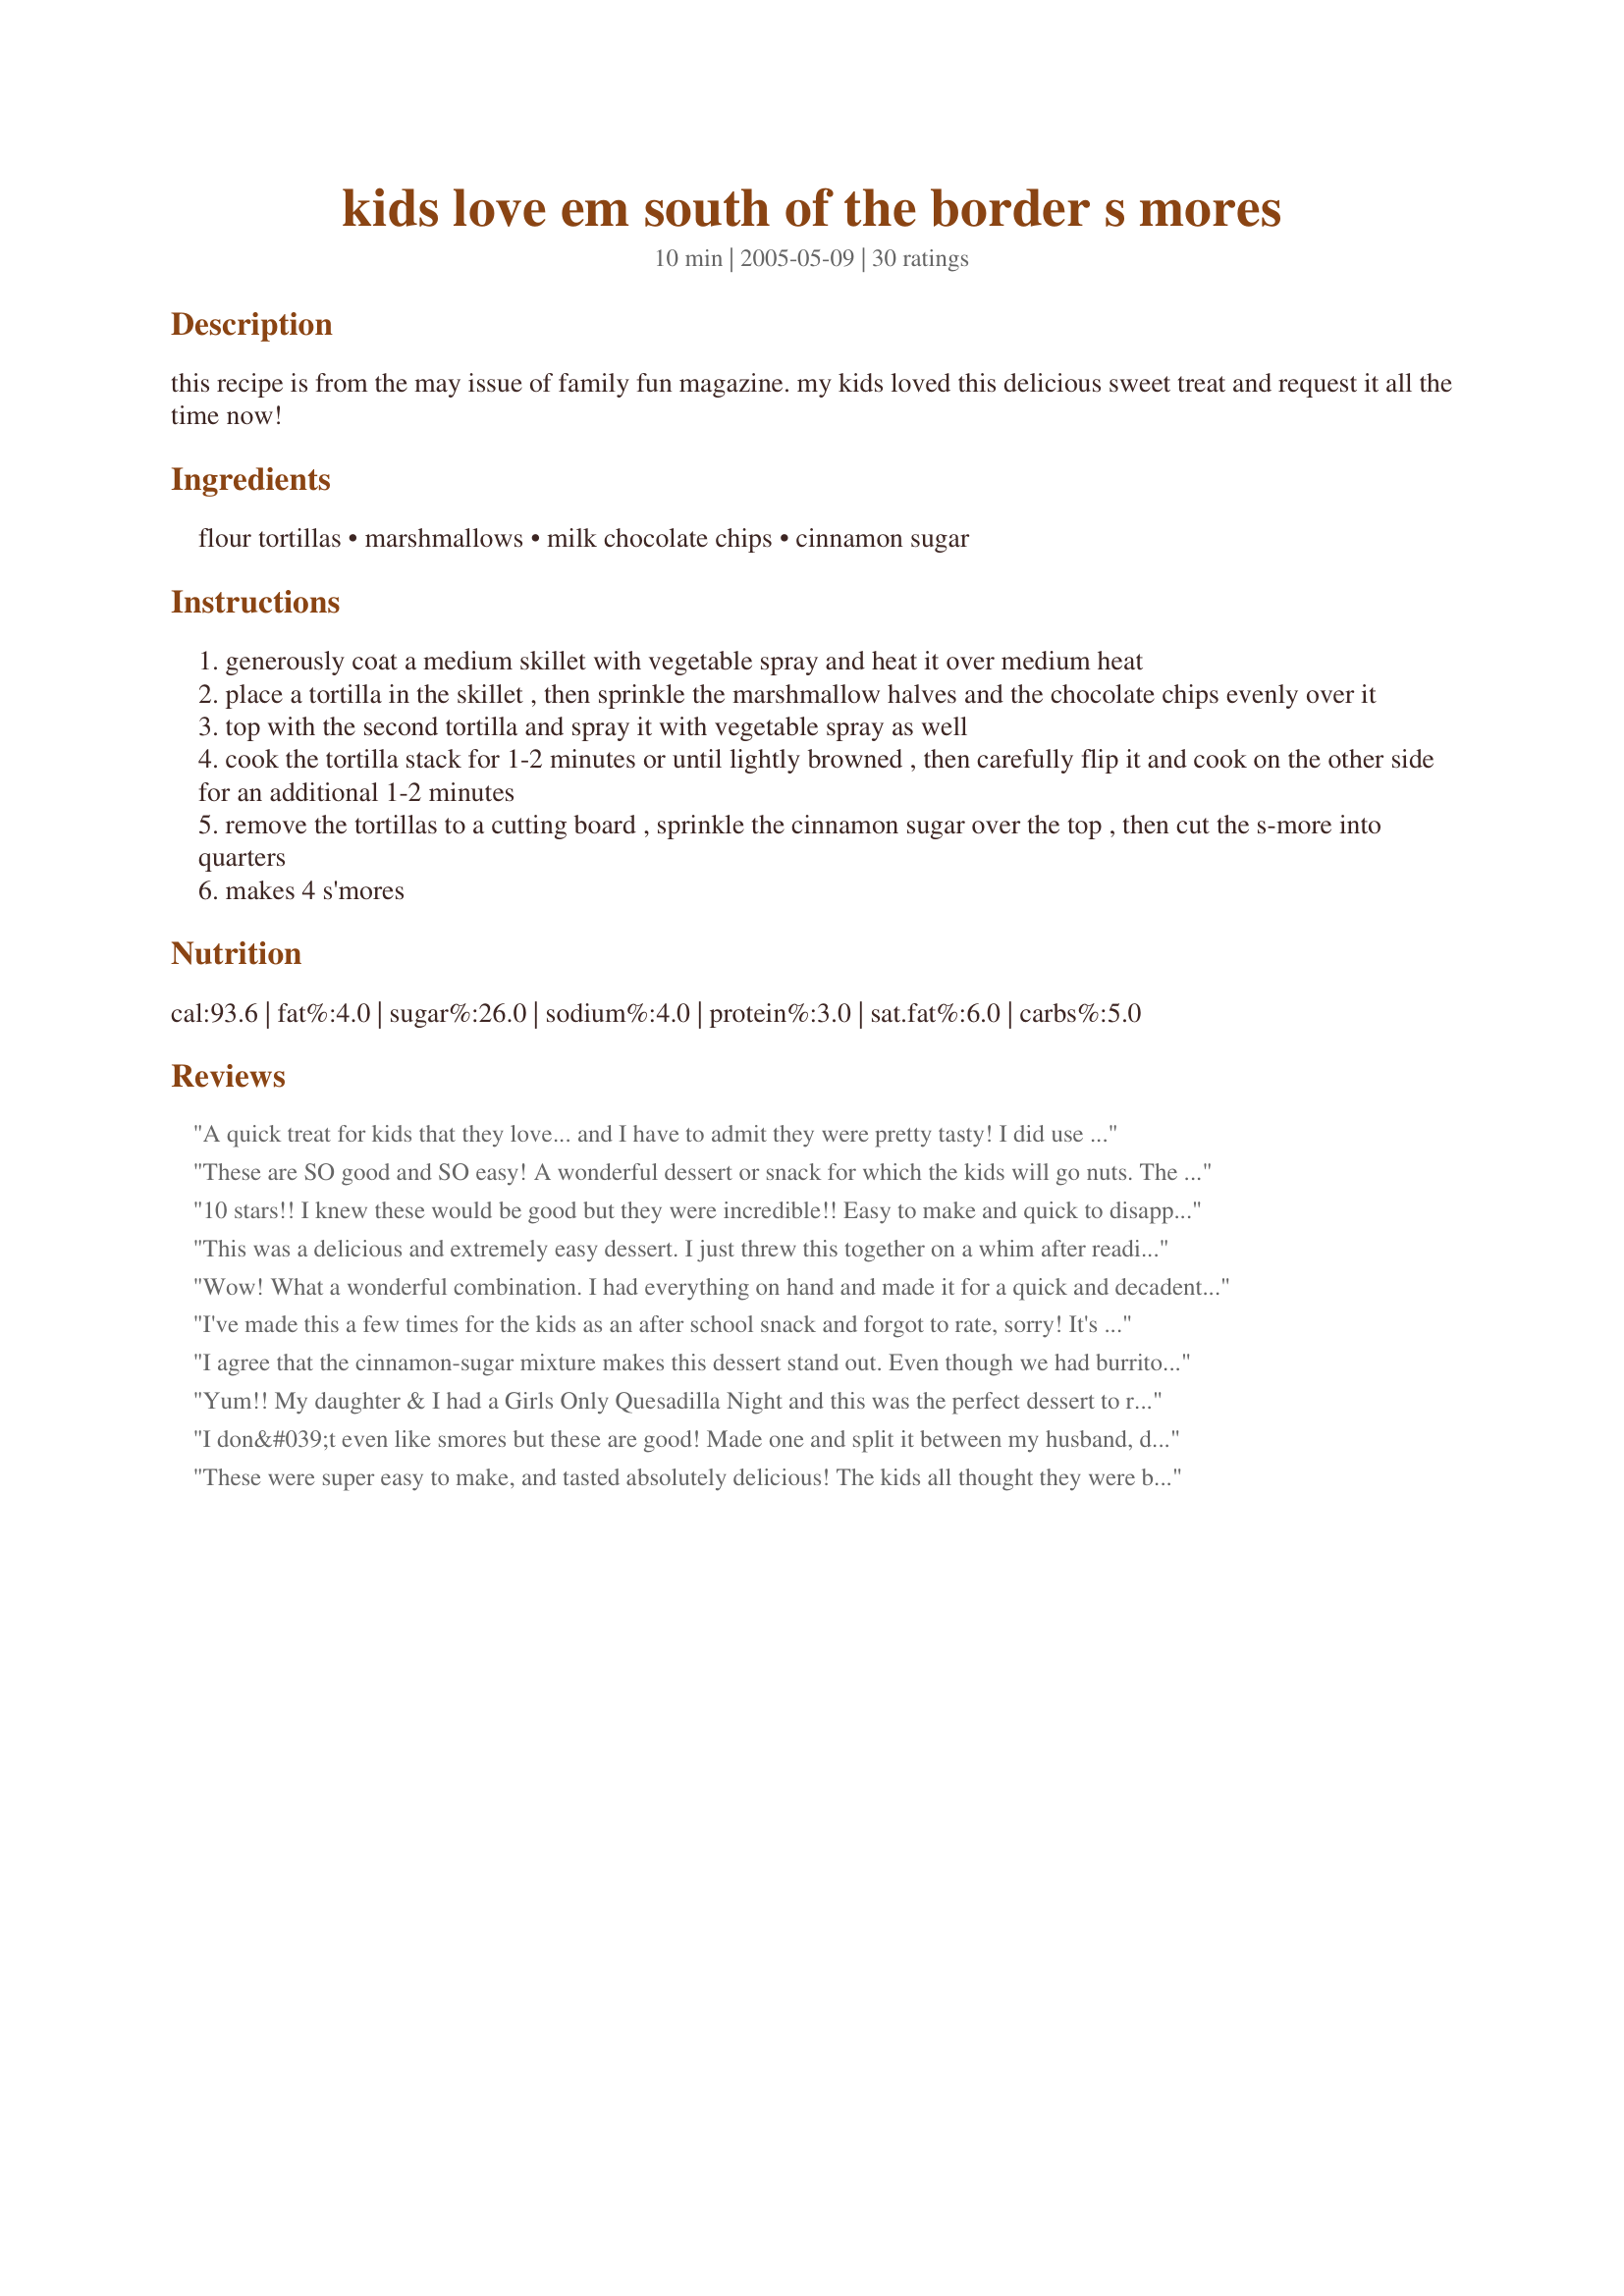
kids love em south of the border s mores
Preparation time: 10 minutes

this recipe is from the may issue of family fun magazine. my kids loved this delicious sweet treat and request it all the time now!

Ingredients:
flour tortillas, marshmallows, milk chocolate chips, cinnamon sugar

Steps:
generously coat a medium skillet with vegetable spray and heat it over medium heat
place a tortilla in the skillet , then sprinkle the marshmallow halves and the chocolate chips evenly over it
top with the second tortilla and spray it with vegetable spray as well
cook the tortilla stack for 1-2 minutes or until lightly browned , then carefully flip it and cook on the other side for an additional 1-2 minutes
remove the tortillas to a cutting board , sprinkle the cinnamon sugar over the top , then cut the s-more into quarters
makes 4 s'mores

Reviews:
A quick treat for kids that they love... and I have to admit they were pretty tasty! I did use mini-marshmallows and let my granddaughter help put them on the tortilla (in the pan) as well as sprinkle on the chocolate chips. Not something that I would fix for myself but will be on the radar when the grandbabies are visiting! Cool recipe!
These are SO good and SO easy! A wonderful dessert or snack for which the kids will go nuts. The cinnamon sugar is great and should not be skipped. Thanks, KC, for posting!
10 stars!! I knew these would be good but they were incredible!! Easy to make and quick to disappear. I *know* these will be a new favorite around here. Thanks KC!
This was a delicious and extremely easy dessert. I just threw this together on a whim after reading the recipe, since I had all the ingredients in my kitchen! Used mini marshmallows instead of large, which worked great. I Also added chopped walnuts for a little extra texture. Left out the cinnamon & sugar topping. They were so sweet already, I didn't think that it was needed.
Wow! What a wonderful combination. I had everything on hand and made it for a quick and decadent breakfast. Thanks for such a great idea.
I've made this a few times for the kids as an after school snack and forgot to rate, sorry!
It's quick and not as filling as other snacks so they don't spoil dinner!!
My daughter loved this, my son took it apart and scraped the inside and ate that (picky picky kid).
My daughter now makes this by herself (12 yrs old) and loves it.
We always have the ingredients on hand.

Thank you!
I agree that the cinnamon-sugar mixture makes this dessert stand out. Even though we had burritos for dinner, these tortillas tasted like dessert.

Roxygirl
Yum!! My daughter & I had a Girls Only Quesadilla Night and this was the perfect dessert to round out the evening!! We will be making this again!
I don&#039;t even like smores but these are good! Made one and split it between my husband, daughter and myself. Quick and easy to get your chocolate fix.
These were super easy to make, and tasted absolutely delicious! The kids all thought they were better than traditional smores! Thanks so much for posting such an easy and great tasting recipe!
Made a great dessert at the cottage. The kids wanted it every night!
We have made these a bunch, it is my hubby's new favorite dessert! Of course, my daughter loves them too. It is so quick and easy. I'm not wild about vegetable spray so I have used butter or margarine instead. Yum!
This was great. A nice and very fast sugar fix. My 2-yr-old loved it (of course). I used mini-marshmallows and just eyeballed everything. I could have probably used a little more but I didn't want it leaking out the sides. I used 6-inch tortillas and thought them to be a nice size for this. Thanks for sharing this one!
Cant rate it yet until I bake it up... but I wanted to say ... I dont know why I never thought of doing that!! it is so simple!! Tonight making enchiladas, this is a good 'dessert' dish... hey its only 70 calories!! :d yumm yumm!
I made this last night as a quick little dessert. Fantastic! Great twist on a classic. I used mini marshmallows and a whole wheat tortilla.
i am not sure where i got the idea to make these- maybe it was actualy from this recipe, lol. but these are great- much better than actual smores! we discovered that a bit of crushed up graham cracker sprinkled inside with the other ingredients is perfect also. we used the low carb super high in fiber tortillas also, and i liked them better than regular tortillas.
I used wheat tortillas, so maybe that's why they didn't "wow" us. they were just okay, I feel like I did something wrong, because all of the other reviews were great.
Fantastic! Thank you!
Made this for my two DGSs while they were visiting for the weekend and I've got to tell you they LOVED it and rated it 10 stars and even asked for a repeat. That's saying a lot for these 2 very picky eaters. I took the lazy way out and instead of cooking on the stove put one tortilla in a microwavable dish - topped with all the ingrediants and then the 2nd tortilla - zapped it for 1 minutes and then let it sit for 1 minute to cool before cutting. This was a quick, easy, and I must say very sweet treat that they truly injoyed. What a great idea, thanks for posting.
Great recipe! They taste great, easy to make, and a unique spin on clasic s'mores!-thanks
Oh my goodness, my 22 month old could not get enough of these! His face was covered in chocolate and he was all sticky, but it was worth it to see that smile and hear "mmm!!!" over and over. :) I also LOVED these -- so yummy and the addition of cinnamon makes them seem like a very sophisticated dessert! We had them as a dessert for Recipe #308987 and they were perfect. Thank you for sharing!
super quick snack if i need hardcore chocolate.
i love the textures of it.
This was a great recipe. 10:00pm and I was craving something sweet and this fit perfectly. It was fast, easy and items I had already on hand. Thank you for sharing.
WONDERFUL!!! Thanks so much for a great end to a mexican dinner.
I guess great minds think alike and we both posted this recipe! I just realized that my photo got moved and I had not reviewed your recipe yet. My kids loved this recipe and it was a snap to make. I did use 1/4 cup of mini marshmallows as that is what I had in the house.
My 2 year old son just loved these! They tasted great! I was out of cinnamon so almos left it off, but decided to borrow some from a neighbor. I am so glad I did. The cinnamon really makes these in my opinion. Thanks for a quick, easy, tasty recipe that my whole family enjoyed!
I was craving something sweet for myself, and had limited chocolate on hand. This was perfect! I only had big marshmallows, so I just quartered one up and eyeballed the chocolate chips. i only used 1 tortilla for myself and foled it in half. A quick solution for a sweet tooth.
Smores. Mmm. We put the filling on one half and folded over the tortilla. Very kid friendly. Very messy and fun for all.
We loved these! Our tortillas were 10" so we added a couple of extra marshmallows and chocolate chips. We used mini chips, which melted well. Since there are 3 of us, we cut into 6 pieces and ate 2 each. It was a perfect bedtime snack that had to be served with a glass of cold milk.
Made these for my little girl's birthday party. They were gone in minutes! Everyone loved them.
